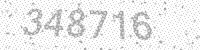
Solution: 348716